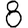
Digit: 8